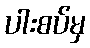
ပါးစပ်မှ